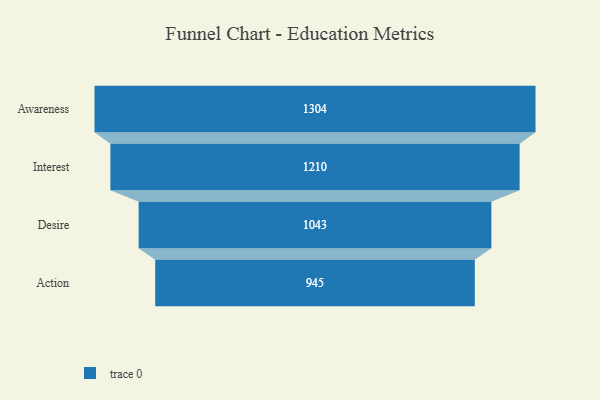
{"axis": {"x": "Stage", "y": "Value"}, "legend": [""], "data": [{"x": "Awareness", "y": 1304.0, "type": ""}, {"x": "Interest", "y": 1210.0, "type": ""}, {"x": "Desire", "y": 1043.0, "type": ""}, {"x": "Action", "y": 945.0, "type": ""}]}